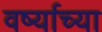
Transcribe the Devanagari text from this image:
वर्ष्याच्या